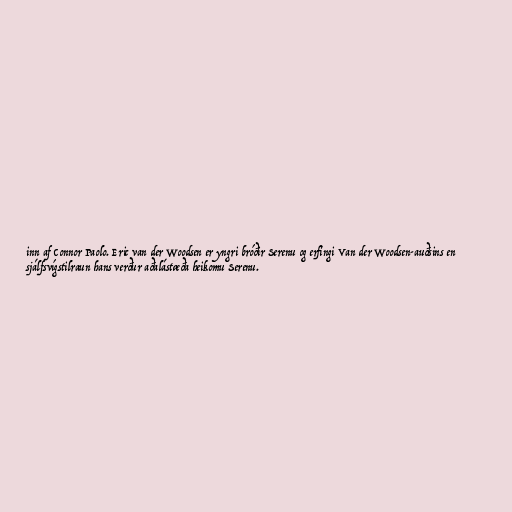
inn af Connor Paolo. Eric van der Woodsen er yngri bróðir Serenu og erfingi Van der Woodsen-auðsins en
sjálfsvígstilraun hans verður aðalástæða heikomu Serenu.